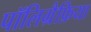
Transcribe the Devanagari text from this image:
पॉलिग्रैफ़िया